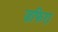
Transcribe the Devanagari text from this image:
ज़फिरा